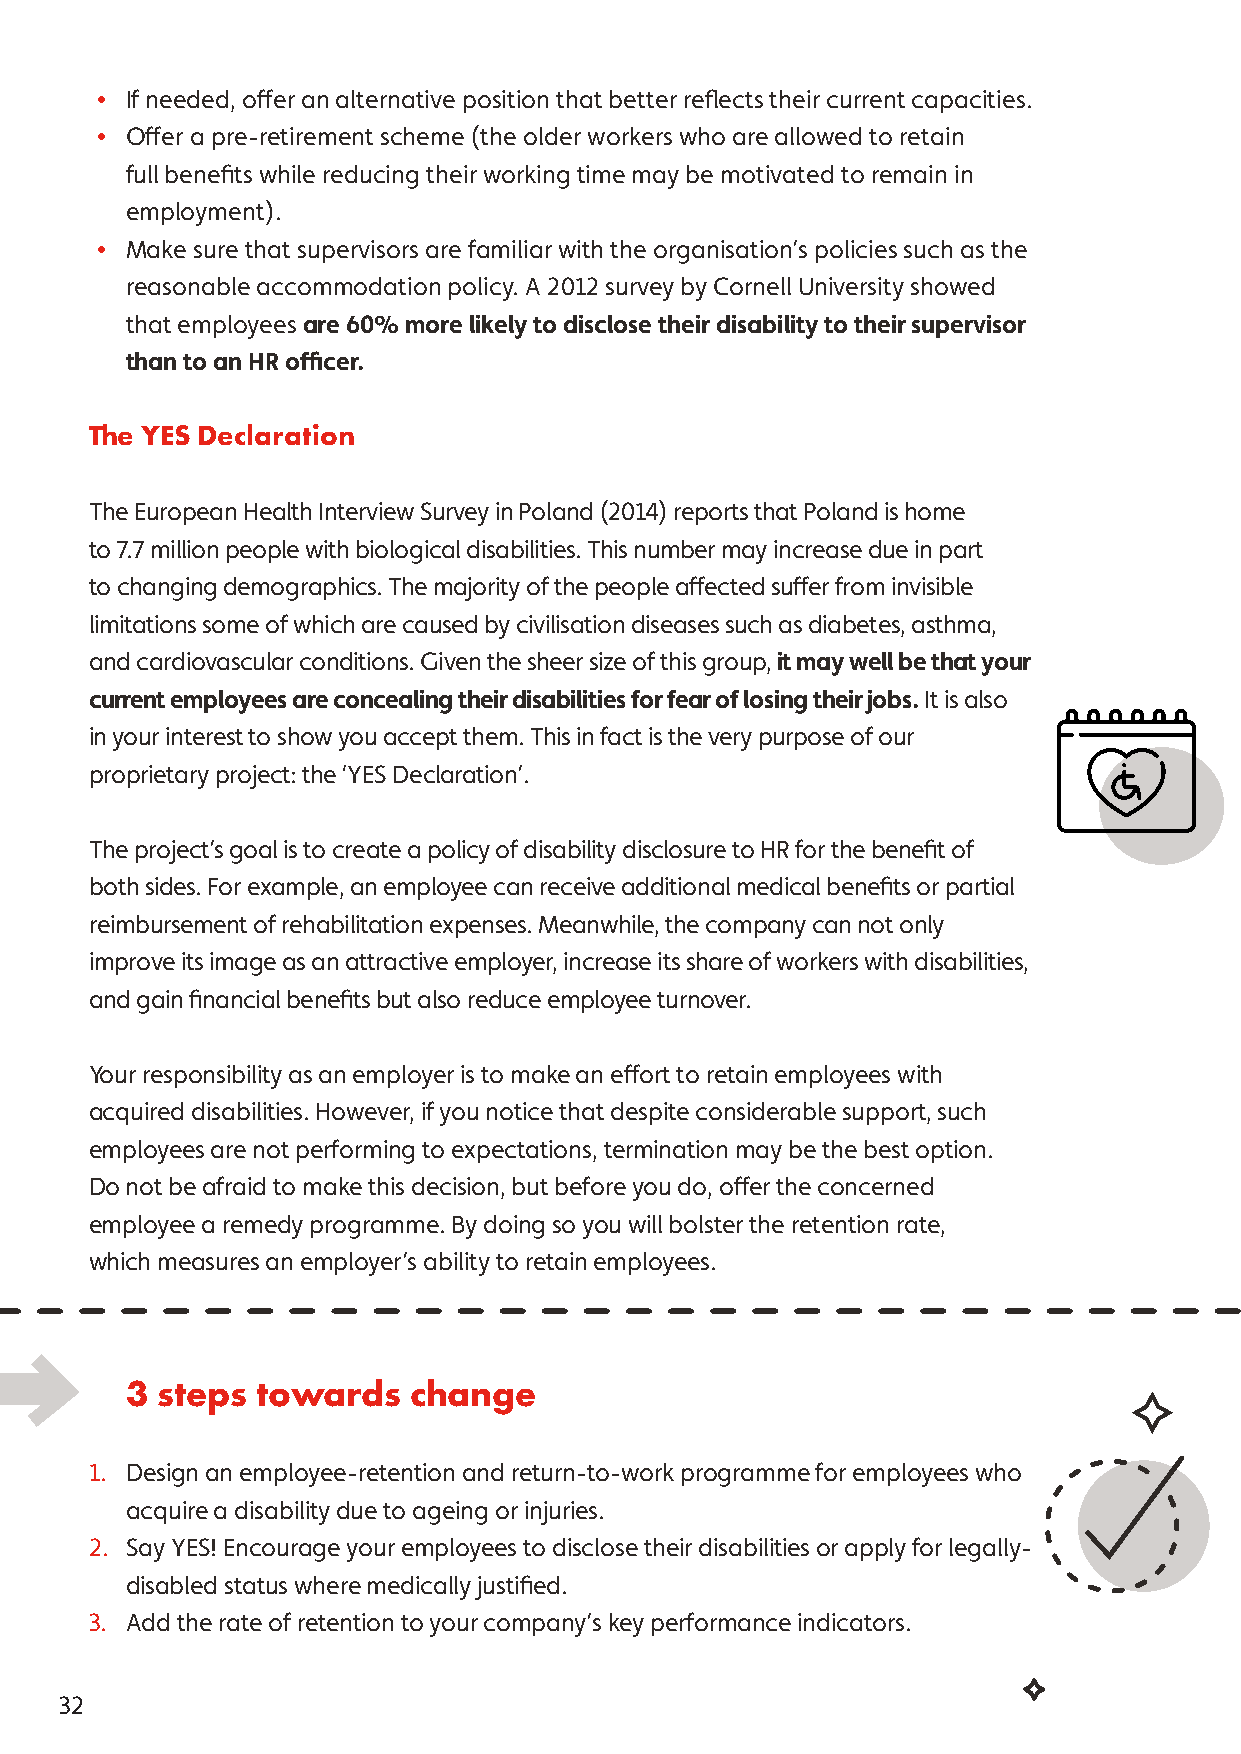
• If needed, offer an alternative position that better reflects their current capacities.
 • Offer a pre-retirement scheme (the older workers who are allowed to retain
 full benefits while reducing their working time may be motivated to remain in
 employment).
 • Make sure that supervisors are familiar with the organisation’s policies such as the
 reasonable accommodation policy. A 2012 survey by Cornell University showed
 that employees are 60% more likely to disclose their disability to their supervisor
 than to an HR officer.
 The YES Declaration
 The European Health Interview Survey in Poland (2014) reports that Poland is home
 to 7.7 million people with biological disabilities. This number may increase due in part
 to changing demographics. The majority of the people affected suffer from invisible
 limitations some of which are caused by civilisation diseases such as diabetes, asthma,
 and cardiovascular conditions. Given the sheer size of this group, it may well be that your
 current employees are concealing their disabilities for fear of losing their jobs. It is also
 in your interest to show you accept them. This in fact is the very purpose of our
 proprietary project: the ‘YES Declaration’.
 The project’s goal is to create a policy of disability disclosure to HR for the benefit of
 both sides. For example, an employee can receive additional medical benefits or partial
 reimbursement of rehabilitation expenses. Meanwhile, the company can not only
 improve its image as an attractive employer, increase its share of workers with disabilities,
 and gain financial benefits but also reduce employee turnover.
 Your responsibility as an employer is to make an effort to retain employees with
 acquired disabilities. However, if you notice that despite considerable support, such
 employees are not performing to expectations, termination may be the best option.
 Do not be afraid to make this decision, but before you do, offer the concerned
 employee a remedy programme. By doing so you will bolster the retention rate,
 which measures an employer’s ability to retain employees.
 3 steps  towards   change
 1. Design an employee-retention and return-to-work programme for employees who
 acquire a disability due to ageing or injuries.
 2. Say YES! Encourage your employees to disclose their disabilities or apply for legally-
 disabled status where medically justified.
 3. Add the rate of retention to your company’s key performance indicators.
 32